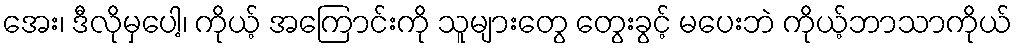
အေး၊ ဒီလိုမှပေါ့၊ ကိုယ့် အကြောင်းကို သူများတွေ တွေးခွင့် မပေးဘဲ ကိုယ့်ဘာသာကိုယ်